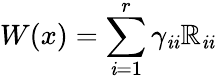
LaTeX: W(x)=\sum_{\mathit{i}=1}^{r}\gamma_{\mathit{i}\mathit{i}}\mathbb{R}_{\mathit{i}\mathit{i}}